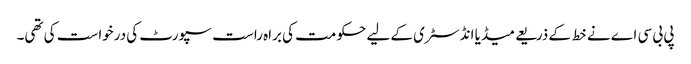
پی بی سی اے نے خط کے ذریعے میڈیا انڈسٹری کے لیے حکومت کی براہ راست سپورٹ کی درخواست کی تھی۔